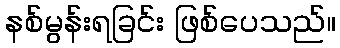
နစ်မွန်းရခြင်း ဖြစ်ပေသည်။